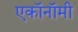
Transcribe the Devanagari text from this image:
एकॉनॉमी